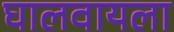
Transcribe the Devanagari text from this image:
घालवायला